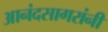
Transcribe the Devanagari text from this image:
आनंदसागरांनी